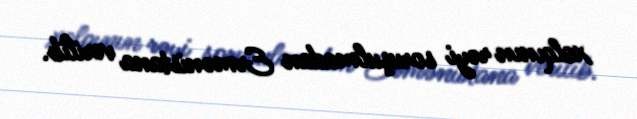
xalqının rəyi soruşulmadan Ermənistana verilib.